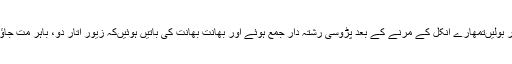
انہوں‌نے بڑی سی سانس بھری اور بولیں‌تمھارے انکل کے مرنے کے بعد پڑوسی رشتہ دار جمع ہوئے اور بھانت بھانت کی باتیں ہوئیں‌کہ زیور اتار دو، باہر مت جاؤ،تکیوں پر مت سوؤ وغیرہ وغیرہ۔